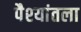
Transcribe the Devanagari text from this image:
पैश्‍यांतला